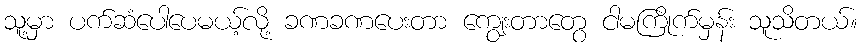
သူ့မှာ ပက်ဆံပေါပေမယ့်လို့ ခဏခဏပေးတာ ကျွေးတာတွေ ငါမကြိုက်မှန်း သူသိတယ်။